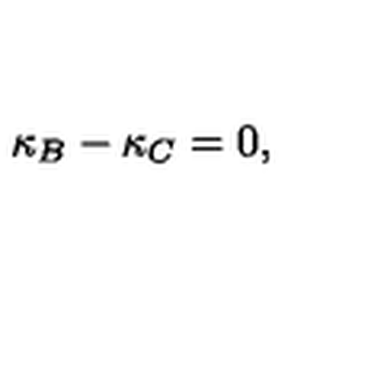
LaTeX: \kappa _ { B } - \kappa _ { C } = 0 ,